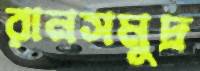
রানসমুদ্র